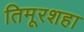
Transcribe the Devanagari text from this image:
तिमूरशहा